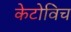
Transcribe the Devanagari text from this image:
केटोविच